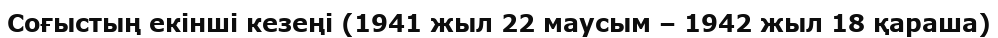
Соғыстың екінші кезеңі (1941 жыл 22 маусым – 1942 жыл 18 қараша)